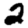
Digit: 2